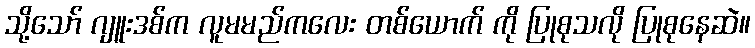
သို့သော် ဂျူးဒစ်က လူမမည်ကလေး တစ်ယောက် ကို ပြုစုသလို ပြုစုနေဆဲ။